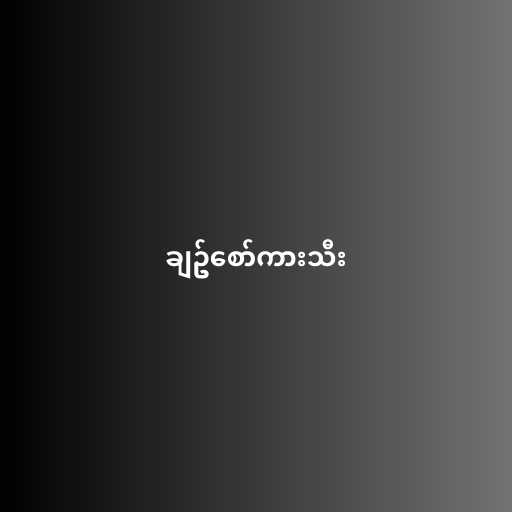
ချဥ်စော်ကားသီး